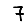
Digit: 7